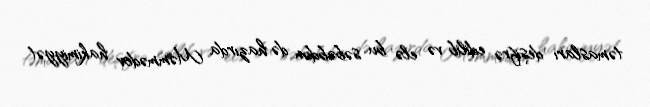
təmasları deşifrə edilib və elə bu səbəbdən də hazırda Məmmədov hakimiyyət